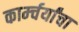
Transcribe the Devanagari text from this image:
कार्म्चर्यांचा